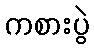
ကစားပွဲ